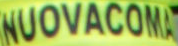
NUOVACOMA